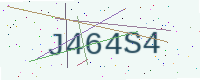
Text: J464S4